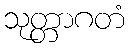
သုတ္တာဂတံ